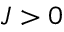
J > 0